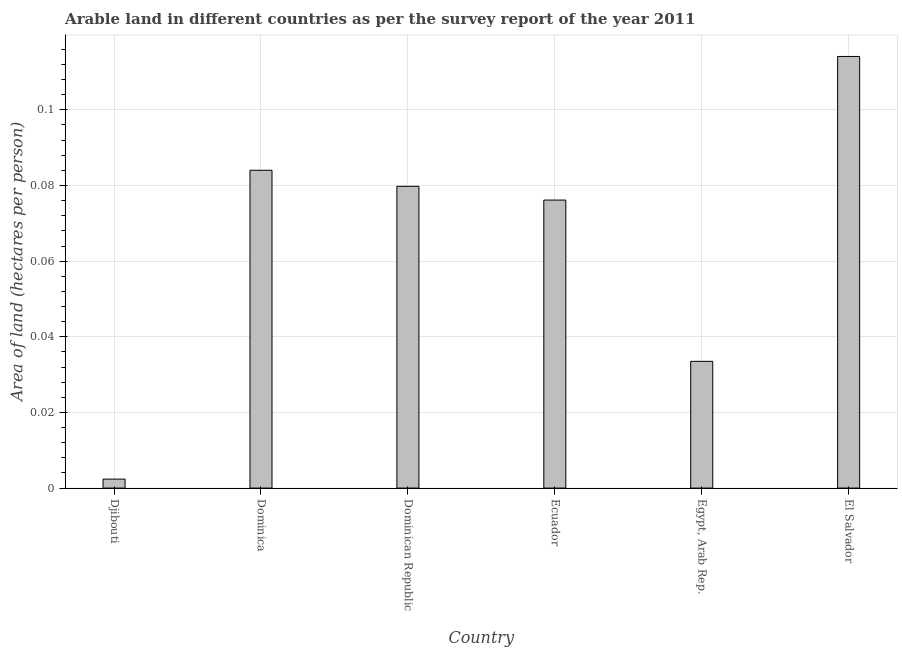
| Country | Arable land |
 | --- | --- |
 | Djibouti | 0.00238 |
 | Dominica | 0.084 |
 | Dominican Republic | 0.0798 |
 | Ecuador | 0.0761 |
 | Egypt, Arab Rep. | 0.0335 |
 | El Salvador | 0.114 |